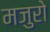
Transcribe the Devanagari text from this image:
मजुरो